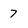
Character: 7